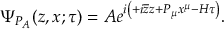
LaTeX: \Psi _ { P _ { A } } ( z , x ; \tau ) = A e ^ { i \left( + i \overline { { { z } } } z + P _ { \mu } x ^ { \mu } - H \tau \right) } .